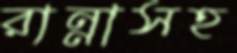
রান্নাসহ